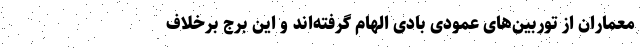
معماران از توربین‌های عمودی بادی الهام گرفته‌اند و این برج برخلاف